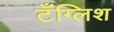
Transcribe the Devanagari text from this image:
टँग्लिश